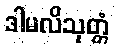
ဒါမလိသုတ္တံ